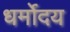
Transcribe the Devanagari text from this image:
धर्मोदय